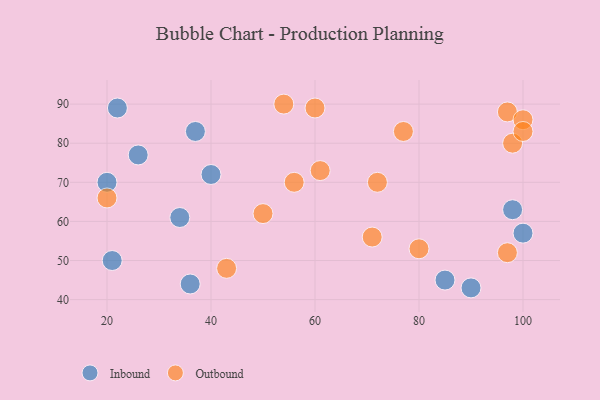
{"axis": {"x": "GDP", "y": "Life Expectancy"}, "legend": ["Inbound", "Outbound"], "data": [{"x": "90", "y": 43, "type": "Inbound"}, {"x": "36", "y": 44, "type": "Inbound"}, {"x": "85", "y": 45, "type": "Inbound"}, {"x": "34", "y": 61, "type": "Inbound"}, {"x": "20", "y": 70, "type": "Inbound"}, {"x": "21", "y": 50, "type": "Inbound"}, {"x": "22", "y": 89, "type": "Inbound"}, {"x": "37", "y": 83, "type": "Inbound"}, {"x": "100", "y": 57, "type": "Inbound"}, {"x": "40", "y": 72, "type": "Inbound"}, {"x": "26", "y": 77, "type": "Inbound"}, {"x": "98", "y": 63, "type": "Inbound"}, {"x": "71", "y": 56, "type": "Outbound"}, {"x": "20", "y": 66, "type": "Outbound"}, {"x": "50", "y": 62, "type": "Outbound"}, {"x": "97", "y": 88, "type": "Outbound"}, {"x": "72", "y": 70, "type": "Outbound"}, {"x": "80", "y": 53, "type": "Outbound"}, {"x": "43", "y": 48, "type": "Outbound"}, {"x": "97", "y": 52, "type": "Outbound"}, {"x": "60", "y": 89, "type": "Outbound"}, {"x": "98", "y": 80, "type": "Outbound"}, {"x": "77", "y": 83, "type": "Outbound"}, {"x": "100", "y": 86, "type": "Outbound"}, {"x": "100", "y": 83, "type": "Outbound"}, {"x": "56", "y": 70, "type": "Outbound"}, {"x": "54", "y": 90, "type": "Outbound"}, {"x": "61", "y": 73, "type": "Outbound"}]}